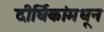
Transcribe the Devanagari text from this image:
दीर्घिकांमधून